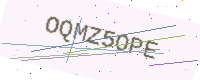
Text: OQMZ5OPE